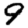
Digit: 9